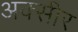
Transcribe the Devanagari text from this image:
अक्सीर